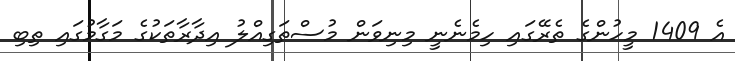
އެ 1409 މީހުންގެ ތެރޭގައި ހިމެނެނީ މިނިވަން މުސްތަގިއްލު އިދާރާތަކުގެ މަގާމުގައި ތިބި